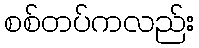
စစ်တပ်ကလည်း